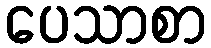
ပေသာစာ